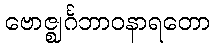
ဗောဇ္ဈင်္ဂဘာဝနာရတော